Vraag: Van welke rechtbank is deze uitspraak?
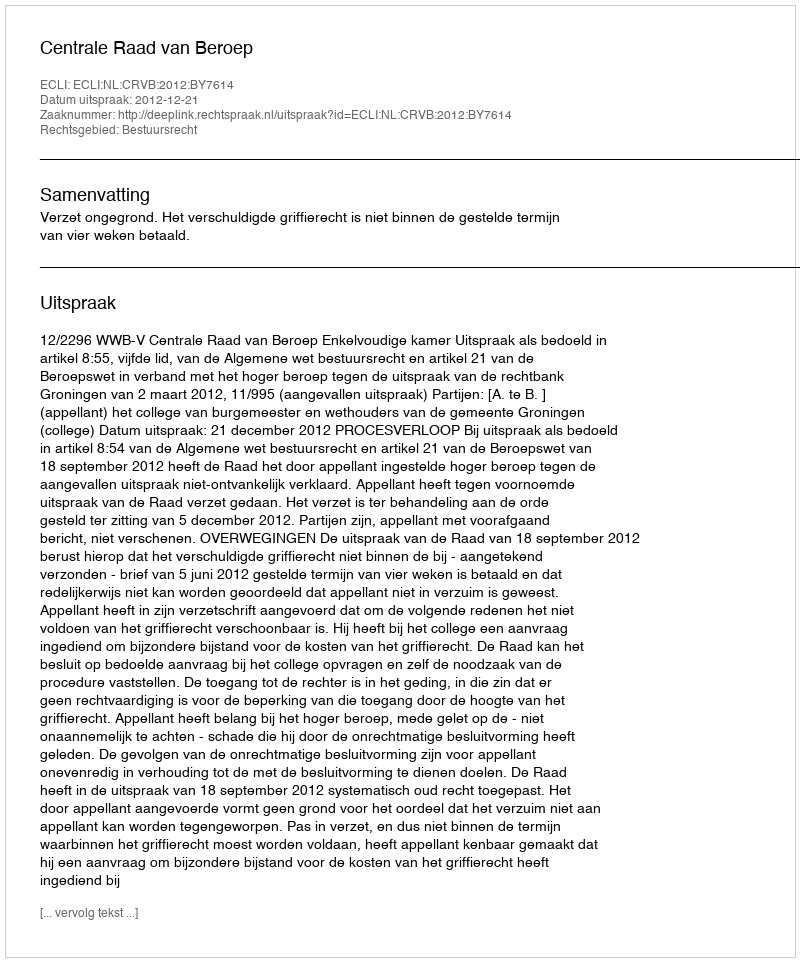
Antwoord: Centrale Raad van Beroep